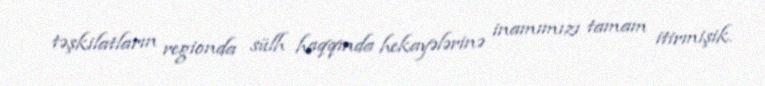
təşkilatların regionda sülh haqqında hekayələrinə inamımızı tamam itirmişik.